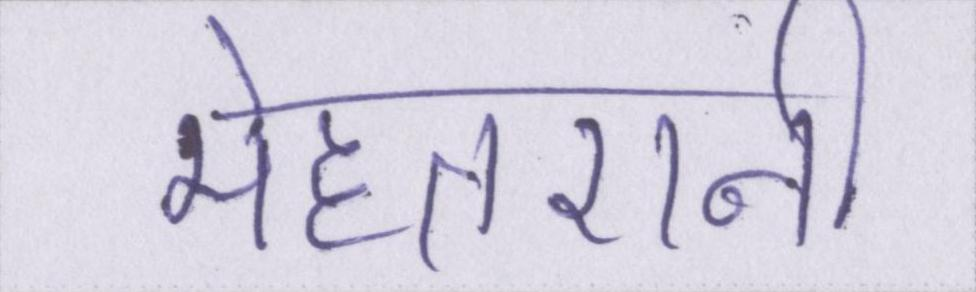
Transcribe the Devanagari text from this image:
मेहतरानी